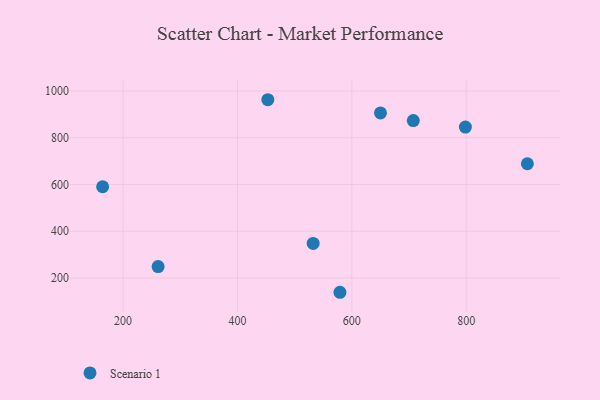
{"axis": {"x": "Speed", "y": "Yield"}, "legend": ["Scenario 1"], "data": [{"x": "798.6", "y": 845.7, "type": "Scenario 1"}, {"x": "532.4", "y": 348.0, "type": "Scenario 1"}, {"x": "261.2", "y": 248.9, "type": "Scenario 1"}, {"x": "707.5", "y": 873.6, "type": "Scenario 1"}, {"x": "650.1", "y": 906.1, "type": "Scenario 1"}, {"x": "453.1", "y": 962.7, "type": "Scenario 1"}, {"x": "579.2", "y": 138.9, "type": "Scenario 1"}, {"x": "164.2", "y": 590.3, "type": "Scenario 1"}, {"x": "907.0", "y": 688.7, "type": "Scenario 1"}]}